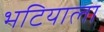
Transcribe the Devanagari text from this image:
भटियाला